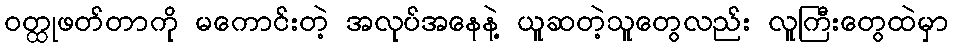
ဝတ္ထုဖတ်တာကို မကောင်းတဲ့ အလုပ်အနေနဲ့ ယူဆတဲ့သူတွေလည်း လူကြီးတွေထဲမှာ